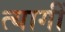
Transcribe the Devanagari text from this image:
त्यागीं